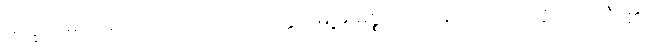
မက္ခရာမင်းသားသည် ကာလကတ္တားမြို့မှ မစ္စတာလိန်းက ကျေးဇူးပြု၍၊ ရီး၏